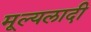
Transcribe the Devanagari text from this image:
मूल्यलादी